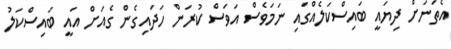
އެތަނަށް ދިޔައީ ބައިސްކަލެއްގައި ނަމަވެސް އަވަސް ކުރަން ހަދައިގެން ގެއަށް އައީ ބައިސްކަލު